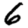
Digit: 6